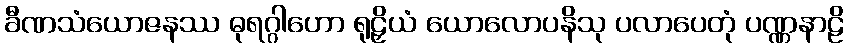
ခီဏသံယောဇနဿ ဓုရဂ္ဂါဟော ရုဠှိယံ ယောလောပနိသု ပလာပေတုံ ပဏ္ဏနာဠိ